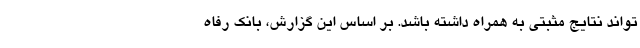
تواند نتایج مثبتی به همراه داشته باشد. بر اساس این گزارش، بانک رفاه